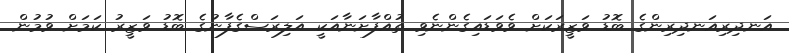
އަނދިރިއަނދިރިންގެ ބޮޑު ވަޒީރަކަށް ވެވަޑައިގެންނެވި ތުއްފާށަނާއަކީ އަލިރަސްގެފާނުގެ ބޮޑު ވަޒީރު ކަމަށް ވުމުން